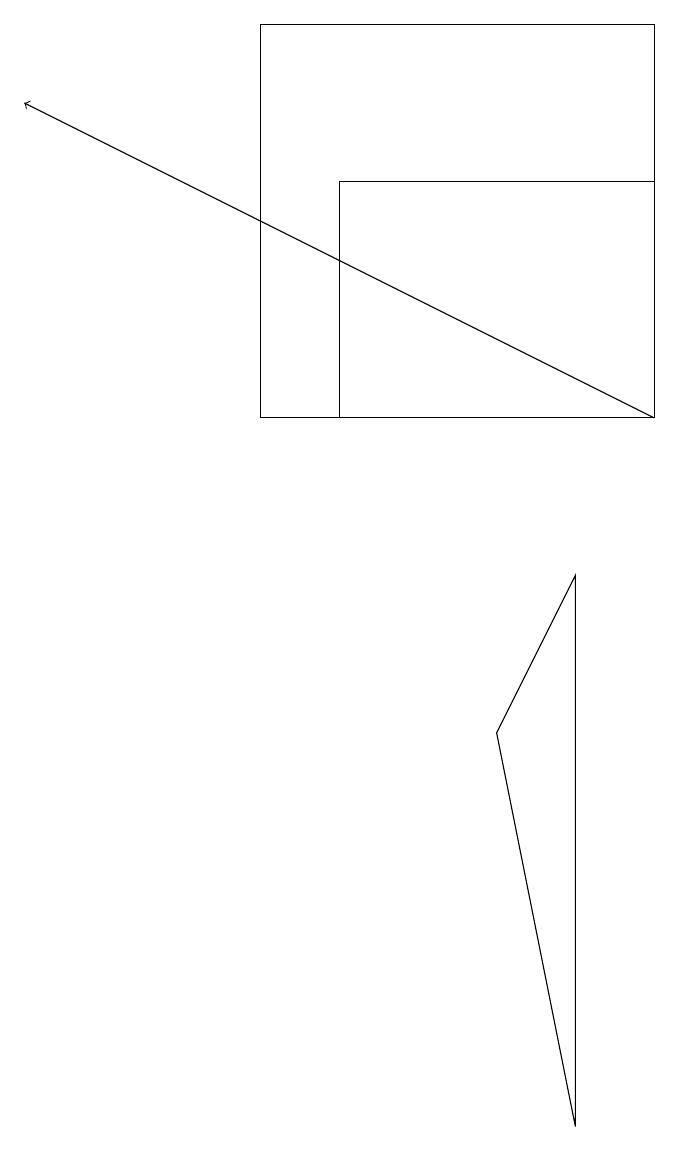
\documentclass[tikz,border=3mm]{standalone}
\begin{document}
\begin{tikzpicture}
\draw[->] (9,11) -- (1,15);
\draw (7,7) -- (8,9) -- (8,2) -- cycle;
\draw (9,16) rectangle (4,11);
\draw (9,14) rectangle (5,11);
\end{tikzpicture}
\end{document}